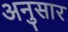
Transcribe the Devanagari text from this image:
अनुसार